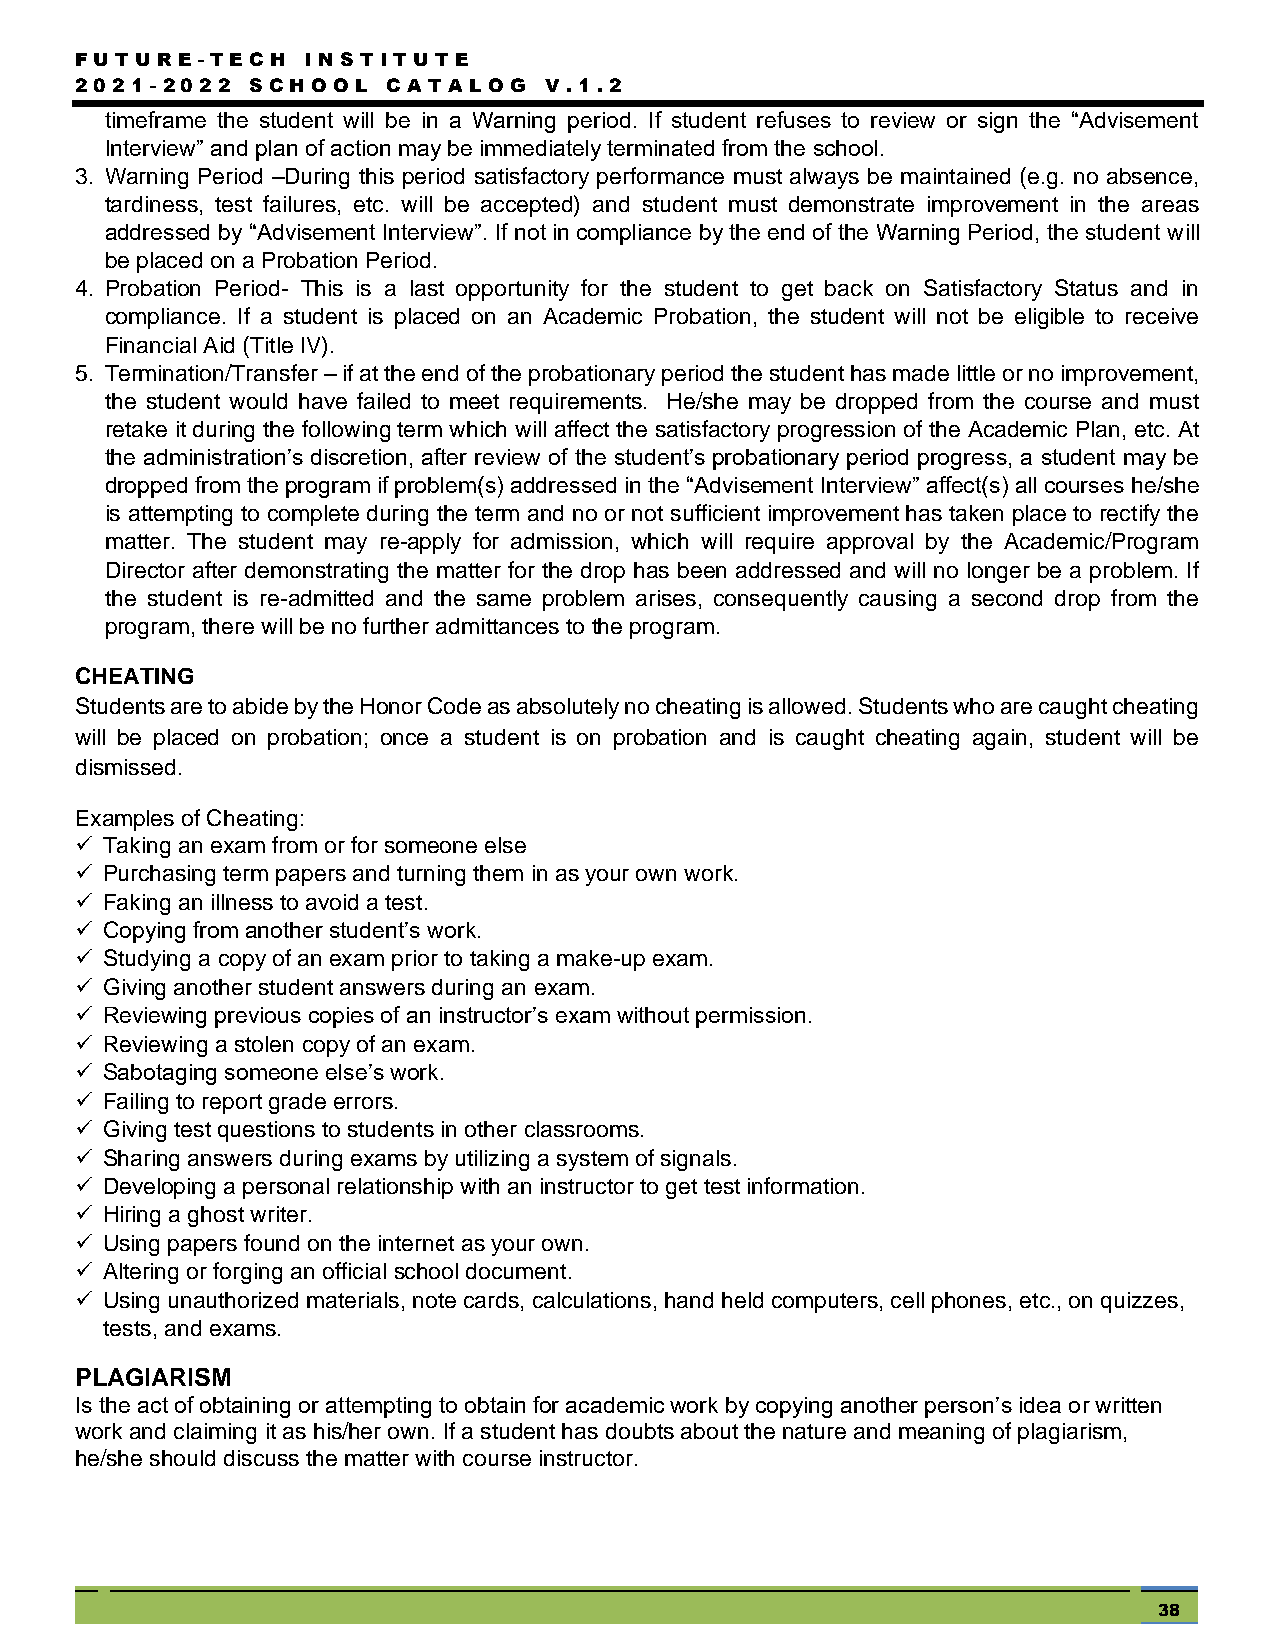
FUTUR  E - TEC H I NSTITU TE
 2021- 2022  SC HOOL  C ATA LOG V .1.2
 timeframe the student will be in a Warning period. If student refuses to review or sign the “Advisement
 Interview” and plan of action may be immediately terminated from the school.
 3. Warning Period –During this period satisfactory performance must always be maintained (e.g. no absence,
 tardiness, test failures, etc. will be accepted) and student must demonstrate improvement in the areas
 addressed by “Advisement Interview”. If not in compliance by the end of the Warning Period, the student will
 be placed on a Probation Period.
 4. Probation Period- This is a last opportunity for the student to get back on Satisfactory Status and in
 compliance. If a student is placed on an Academic Probation, the student will not be eligible to receive
 Financial Aid (Title IV).
 5. Termination/Transfer – if at the end of the probationary period the student has made little or no improvement,
 the student would have failed to meet requirements. He/she may be dropped from the course and must
 retake it during the following term which will affect the satisfactory progression of the Academic Plan, etc. At
 the administration’s discretion, after review of the student’s probationary period progress, a student may be
 dropped from the program if problem(s) addressed in the “Advisement Interview” affect(s) all courses he/she
 is attempting to complete during the term and no or not sufficient improvement has taken place to rectify the
 matter. The student may re-apply for admission, which will require approval by the Academic/Program
 Director after demonstrating the matter for the drop has been addressed and will no longer be a problem. If
 the student is re-admitted and the same problem arises, consequently causing a second drop from the
 program, there will be no further admittances to the program.
 CHEATING
 Students are to abide by the Honor Code as absolutely no cheating is allowed. Students who are caught cheating
 will be placed on probation; once a student is on probation and is caught cheating again, student will be
 dismissed.
 Examples of Cheating:
  Taking an exam from or for someone else
  Purchasing term papers and turning them in as your own work.
  Faking an illness to avoid a test.
  Copying from another student’s work.
  Studying a copy of an exam prior to taking a make-up exam.
  Giving another student answers during an exam.
  Reviewing previous copies of an instructor’s exam without permission.
  Reviewing a stolen copy of an exam.
  Sabotaging someone else’s work.
  Failing to report grade errors.
  Giving test questions to students in other classrooms.
  Sharing answers during exams by utilizing a system of signals.
  Developing a personal relationship with an instructor to get test information.
  Hiring a ghost writer.
  Using papers found on the internet as your own.
  Altering or forging an official school document.
  Using unauthorized materials, note cards, calculations, hand held computers, cell phones, etc., on quizzes,
 tests, and exams.
 PLAGIARISM
 Is the act of obtaining or attempting to obtain for academic work by copying another person’s idea or written
 work and claiming it as his/her own. If a student has doubts about the nature and meaning of plagiarism,
 he/she should discuss the matter with course instructor.
 38